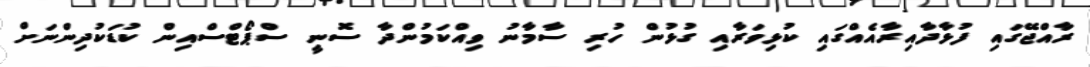
ރާއްޖޭގައި ފުޅާދާއިރާއެއްގައި ކުޅިވަރާއި ގުޅުން ހުރި ސާމާނު ވިއްކަމުންދާ ސޮނީ ސްޕޯޓްސްއިން ކުޑަކުދިންނަށް